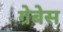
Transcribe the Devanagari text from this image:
ग्रेबेस